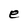
Character: e